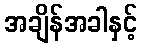
အချိန်အခါနှင့်